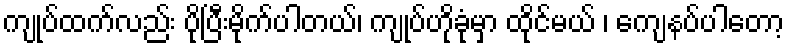
ကျုပ်ထက်လည်း ပိုပြီးမိုက်ပါတယ်၊ ကျုပ်ဟိုခုံမှာ ထိုင်မယ် ၊ ကျေနပ်ပါတော့